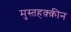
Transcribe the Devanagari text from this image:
मुस्तहक़्क़ीन